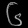
Digit: ၆